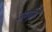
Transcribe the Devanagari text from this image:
जैमबूज़ी